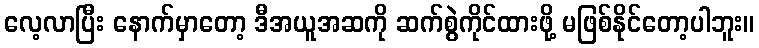
လေ့လာပြီး နောက်မှာတော့ ဒီအယူအဆကို ဆက်စွဲကိုင်ထားဖို့ မဖြစ်နိုင်တော့ပါဘူး။